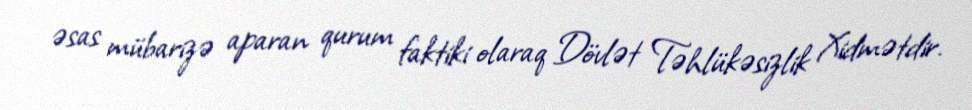
əsas mübarizə aparan qurum faktiki olaraq Dövlət Təhlükəsizlik Xidmətdir.